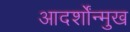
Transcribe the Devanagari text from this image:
आदर्शोंन्मुख